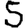
Digit: 5